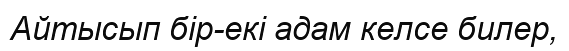
Айтысып бір-екі адам келсе билер,